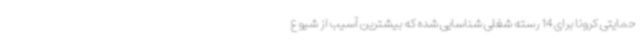
حمایتی کرونا برای 14 رسته شغلی شناسایی شده که بیشترین آسیب از شیوع